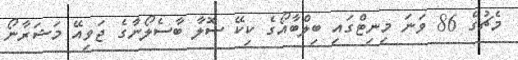
މެޗުގެ 86 ވަނަ މިނިޓްގައި ބިލްބާއޯގެ ކިކޭ ސޮލާ ބާސެލޯނާގެ ޖަވިއޭ މަޝަރާނޯ